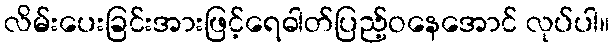
လိမ်းပေးခြင်းအားဖြင့်ရေဓါတ်ပြည့်ဝနေအောင် လုပ်ပါ။